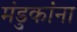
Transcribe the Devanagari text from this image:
मंडुकांना